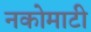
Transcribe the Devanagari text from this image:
नकोमाटी